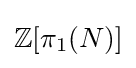
\mathbb {Z} [\pi _{1}(N)]